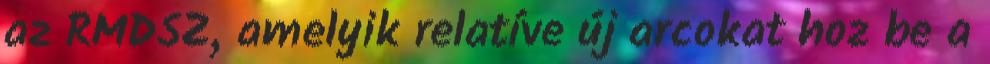
az RMDSZ, amelyik relatíve új arcokat hoz be a